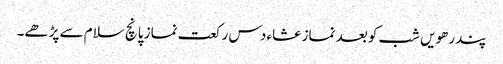
پندرھویں شب کو بعد نماز عشاء دس رکعت نماز پانچ سلام سے پڑھے۔